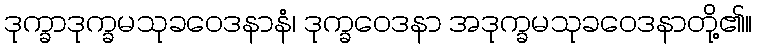
ဒုက္ခာဒုက္ခမသုခဝေဒနာနံ၊ ဒုက္ခဝေဒနာ အဒုက္ခမသုခဝေဒနာတို့၏။